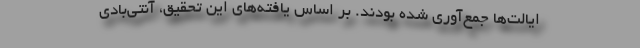
ایالت‌ها جمع‌آوری شده بودند. بر اساس یافته‌های این تحقیق، آنتی‌بادی